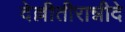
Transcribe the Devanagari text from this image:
देल्लीतीरान्नीदे